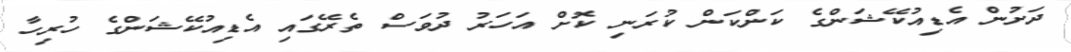
ދަށުން އެޑިއުކޭޝަންގެ ކަންކަން ކުރަނި ކޮށް އަހަރު ދުވަސް ތެރޭގައި އެޑިއުކޭޝަންގެ ހުރިހާ